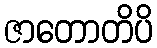
ဇာတောတိပိ